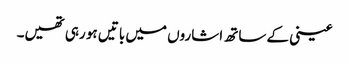
عینی کے ساتھ اشاروں میں باتیں ہو رہی تھیں۔